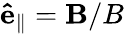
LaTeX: \mathbf{\hat{e}_{\parallel}}=\mathbf{B}/B